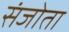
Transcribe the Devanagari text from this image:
संजोता